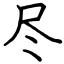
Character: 尽